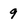
Character: 9